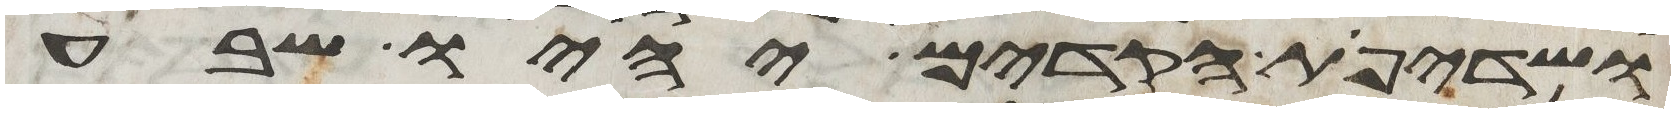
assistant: ושדיפת הקדים יהיו שבע